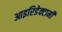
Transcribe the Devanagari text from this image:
आइरिडेक्टामी